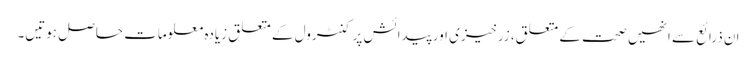
ان ذرائع سے انھیں صحت کے متعلق، زرخیزی اور پیدائش پر کنٹرول کے متعلق زیادہ معلومات حاصل ہوتیں۔